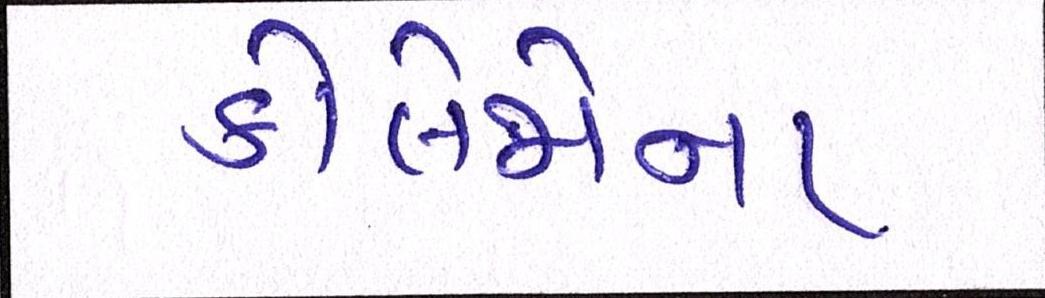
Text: કોલેજોના